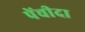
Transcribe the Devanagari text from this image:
पेंचीदा